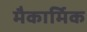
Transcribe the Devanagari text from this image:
मैकार्मिक